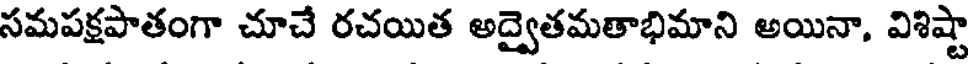
సమపక్షపాతంగా చూచే రచయిత అద్వైతమతాభిమాని అయినా, విశిష్టా